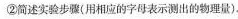
②简述实验步骤(用相应的字母表示测出的物理量)。